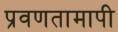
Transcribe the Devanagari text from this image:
प्रवणतामापी